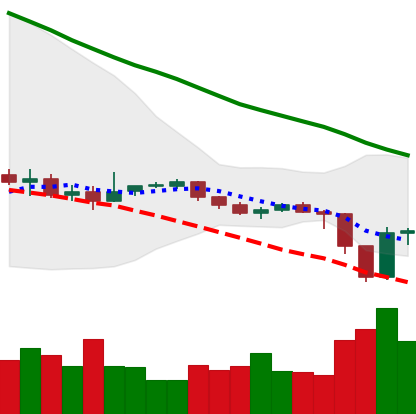
Ticker: EOS-USD
Chart end date: 2019-12-19
Forward return: 3.597%
Label: up_3_5